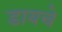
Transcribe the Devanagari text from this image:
डायचे